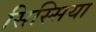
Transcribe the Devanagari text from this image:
सिस्सिया